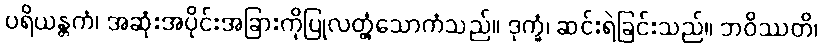
ပရိယန္တကံ၊ အဆုံးအပိုင်းအခြားကိုပြုလတ္တံ့သောကံသည်။ ဒုက္ခံ၊ ဆင်းရဲခြင်းသည်။ ဘဝိဿတိ၊